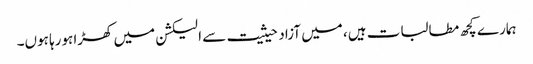
ہمارے کچھ مطالبات ہیں، میں آزاد حیثیت سے الیکشن میں کھڑا ہورہا ہوں۔